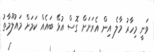
ވަނީ މިހާރު މާލެ އިން އެރަށަށް ގޮސް އުޅޭ ބައެއް ކަމަށް މައުލޫމާތު